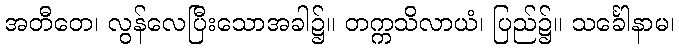
အတီတေ၊ လွန်လေပြီးသောအခါ၌။ တက္ကသိလာယံ၊ ပြည်၌။ သင်္ခေါနာမ၊